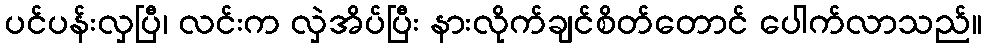
ပင်ပန်းလှပြီ၊ လင်းက လှဲအိပ်ပြီး နားလိုက်ချင်စိတ်တောင် ပေါက်လာသည်။